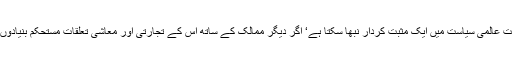
پاکستان اسی وقت عالمی سیاست میں ایک مثبت کردار نبھا سکتا ہے‘ اگر دیگر ممالک کے ساتھ اس کے تجارتی اور معاشی تعلقات مستحکم بنیادوں پر استوار ہوں۔